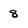
Character: 8